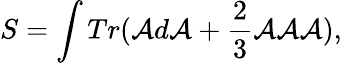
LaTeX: S=\int Tr({\cal A}d{\cal A}+\frac{2}{3}{\cal A}{\cal A}{\cal A}),